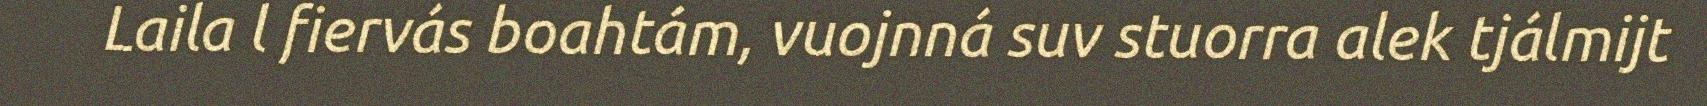
Laila l fiervás boahtám, vuojnná suv stuorra alek tjálmijt